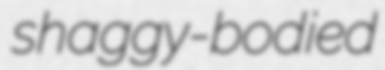
shaggy-bodied